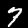
Label: 7